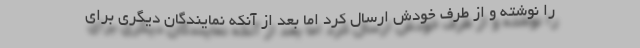
را نوشته و از طرف خودش ارسال کرد اما بعد از آنکه نمایندگان دیگری برای